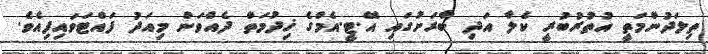
ތިލަދުންމަތީ އުތުރުބުރީ ކެލާ އަދި ބާރަށުގައި އޭ.ޓީ.އެމްގެ ޚިދުމަތް ދެއްވަން މިއަދު ފައްޓަވައިފިއެވެ.